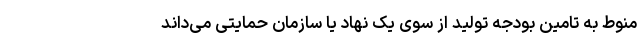
منوط به تامین بودجه تولید از سوی یک نهاد یا سازمان حمایتی می‌داند